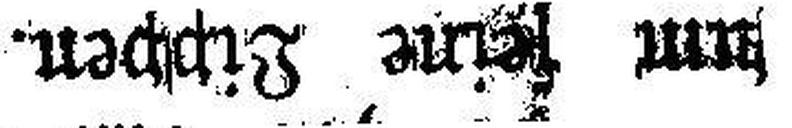
um feine Lippen.